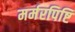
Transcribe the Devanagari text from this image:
मर्मरपिष्टि